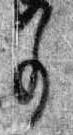
事